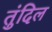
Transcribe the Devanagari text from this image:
तुंदिल